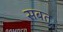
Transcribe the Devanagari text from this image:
सबत